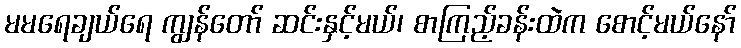
မမရေချယ်ရေ ကျွန်တော် ဆင်းနှင့်မယ်၊ စာကြည့်ခန်းထဲက စောင့်မယ်နော်